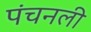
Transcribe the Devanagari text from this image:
पंचनली